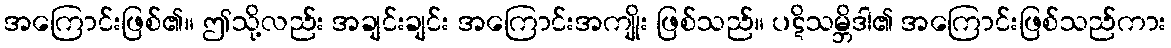
အကြောင်းဖြစ်၏။ ဤသို့လည်း အချင်းချင်း အကြောင်းအကျိုး ဖြစ်သည်။ ပဋိသမ္ဘိဒါ၏ အကြောင်းဖြစ်သည်ကား